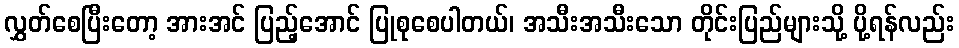
လွှတ်စေပြီးတော့ အားအင် ပြည့်အောင် ပြုစုစေပါတယ်၊ အသီးအသီးသော တိုင်းပြည်များသို့ ပို့ရန်လည်း